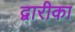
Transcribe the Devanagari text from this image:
द्वारीका